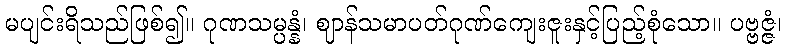
မပျင်းရိသည်ဖြစ်၍။ ဂုဏသမ္ပန္နံ၊ ဈာန်သမာပတ်ဂုဏ်ကျေးဇူးနှင့်ပြည့်စုံသော။ ပဗ္ဗဇ္ဇံ၊